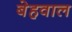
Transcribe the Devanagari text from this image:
बेहवाल